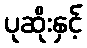
ပုဆိုးနှင့်